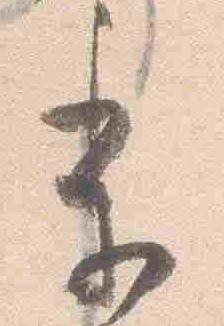
季